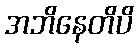
အဘိနေတိပိ